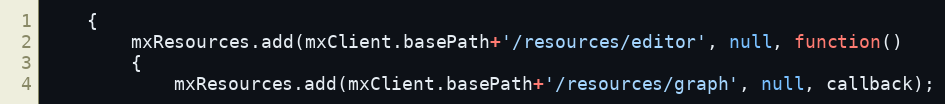
Language: JavaScript
	{
		mxResources.add(mxClient.basePath+'/resources/editor', null, function()
		{
			mxResources.add(mxClient.basePath+'/resources/graph', null, callback);